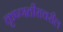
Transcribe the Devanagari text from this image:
कृष्णतीरावरील